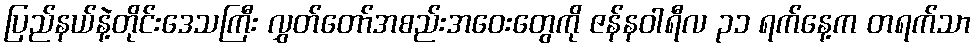
ပြည်နယ်နဲ့တိုင်းဒေသကြီး လွှတ်တော်အစည်းအဝေးတွေကို ဇန်နဝါရီလ ၃၁ ရက်နေ့က တရက်သာ